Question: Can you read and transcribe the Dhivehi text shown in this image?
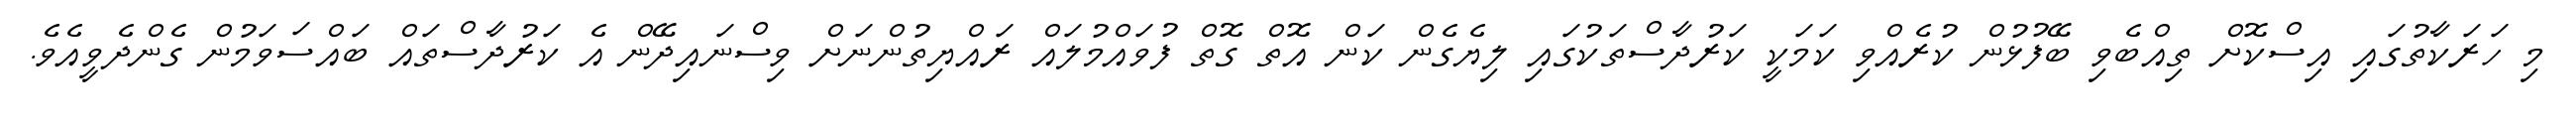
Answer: މި ހަރަކާތުގައި އިސްކޮށް ތިއްބެވި ބޭފުޅުން ކުރެއްވި ކަމަކީ ކަރުދާސްތަކުގައި ލިޔެގެން ކަން އޮތް ގޮތް ފުވައްމުލައް ރައްޔިތުންނަށް ވިސްނައިދޭން އެ ކަރުދާސްތައް ބައްސަވަމުން ގެންދެވީއެވެ.